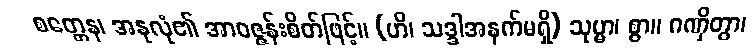
စတ္တေန၊ အနုလုံ၏ အာဝဇ္ဇန်းစိတ်ဖြင့်။ (ဟိ၊ သဒ္ဒါအနက်မရှိ) သုမ္မာ၊ စွာ။ ဂဏှိတွာ၊